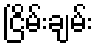
ငြိမ်းချမ်း